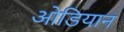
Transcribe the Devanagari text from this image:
ओडियान